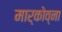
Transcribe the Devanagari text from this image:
मार्कोव्ना